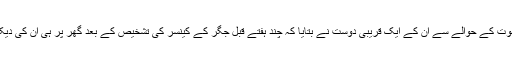
سابق عالی چیمپئن کی موت کے حوالے سے ان کے ایک قریبی دوست نے بتایا کہ چند ہفتے قبل جگر کے کینسر کی تشخیص کے بعد گھر پر ہی ان کی دیکھ بھال کی جا رہی تھی۔